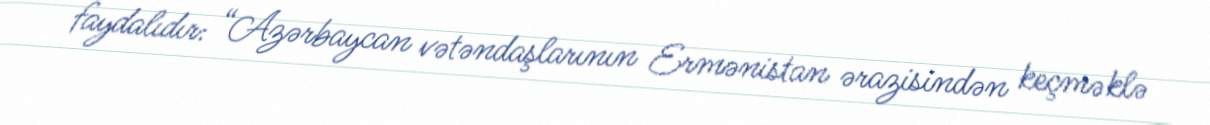
faydalıdır: “Azərbaycan vətəndaşlarının Ermənistan ərazisindən keçməklə